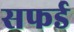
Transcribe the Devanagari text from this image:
सफर्ड